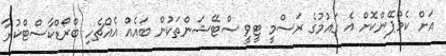
އަށް ކެމްޕޭންކޮށް އެ ގައުމުގެ ރަސްމީ ޓީވީ ސްޓޭޝަންތަކުން ބައެއް އެއްޗެހި ބްރޯޑްކާސްޓްކުރާ